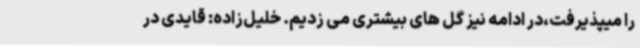
را میپذیرفت،در ادامه نیز گل های بیشتری می زدیم. خلیل‌زاده: قایدی در